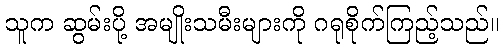
သူက ဆွမ်းပို့ အမျိုးသမီးများကို ဂရုစိုက်ကြည့်သည်။